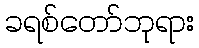
ခရစ်တော်ဘုရား